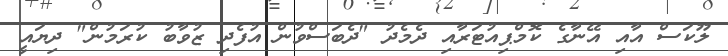
ލޫކަސް އާއި އޭނާގެ ކޮމްޕިއުޓަރާއި ދެމެދު "ދެބަސްވުން އުފެދި ޒުވާބު ކުރަމުން" ދިޔައީ